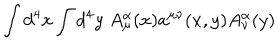
LaTeX: \int d ^ { 4 } x \int d ^ { 4 } y \; A _ { \mu } ^ { \alpha } ( x ) a ^ { \mu \nu } ( x , y ) A _ { \nu } ^ { \alpha } ( y )